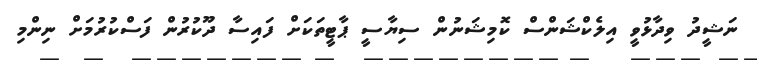
ނަޝީދު ވިދާޅުވީ އިލެކްޝަންސް ކޮމިޝަނުން ސިޔާސީ ޕާޓީތަކަށް ފައިސާ ދޫކުރުން ފަސްކުރުމަށް ނިންމި